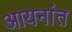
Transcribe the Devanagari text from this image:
आयनांत